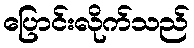
ပြောင်းလိုက်သည်